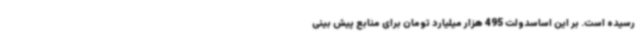
رسیده است. بر این اساسدولت 495 هزار میلیارد تومان برای منابع پیش بینی